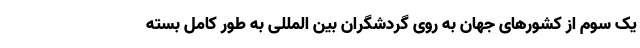
یک سوم از کشورهای جهان به روی گردشگران بین المللی به طور کامل بسته